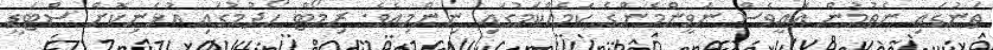
ތަނުގައި ނެތުމުން އެއީވެސް ނަވީންމެންގެ ކަމެއްކަމުގައި ނިންމިއެވެ. ރިމޯޓް ހޯދުމުގައި އުޅެނިކޮށް ސްޓަޑީ